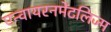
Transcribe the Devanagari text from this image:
एन्वायरनमेंटलिज्म